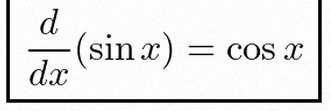
\frac{d}{dx}(\sin x)=\cos x